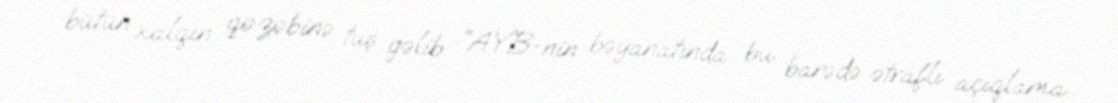
bütün xalqın qəzəbinə tuş gəlib: “AYB-nin bəyanatında bu barədə ətraflı açıqlama